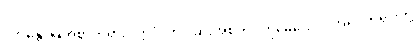
“ဘန္တေ၊ မြတ်စွာဘုရား။ ဣဒံ၊ ဤပုဆိုးအစုံကို။ တုမှေယေဝ၊ အရှင်ဘုရားတို့